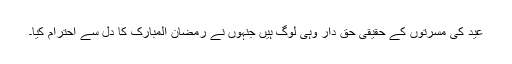
عید کی مسرتوں کے حقیقی حق دار وہی لوگ ہیں جنہوں نے رمضان المبارک کا دل سے احترام کیا۔